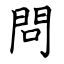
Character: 問